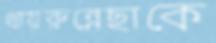
খায়রুন্নেছাকে